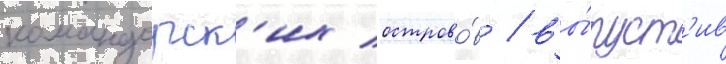
командорск'их острово́в / вы́пуст'ив